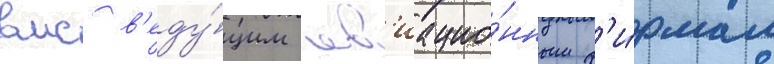
вмс в'еду́щим ав'иацио́нным ф'и́рмам